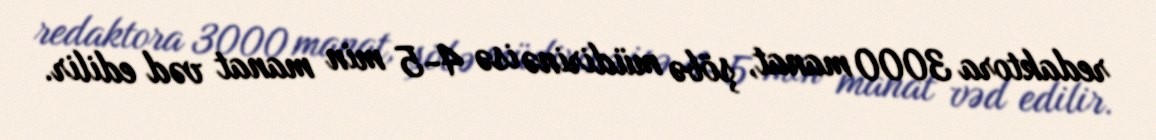
redaktora 3000 manat, şöbə müdirinə isə 4-5 min manat vəd edilir.